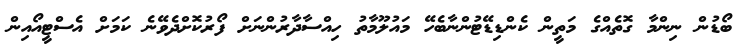
ބޯޑުން ނިންމާ ގޮތެއްގެ މަތީން ކެންޑިޑޭޓުންނާބެހޭ މައުލޫމާތު ހިއްސާދާރުންނަށް ފޯރުކޮށްދެވޭނެ ކަމަށް އެސްޓީއޯއިން